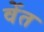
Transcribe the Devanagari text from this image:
वेंत